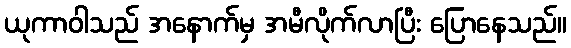
ယုကာဝါသည် အနောက်မှ အမီလိုက်လာပြီး ပြောနေသည်။